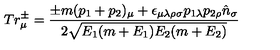
T r _ { \mu } ^ { \pm } = { \frac { \pm m ( p _ { 1 } + p _ { 2 } ) _ { \mu } + \epsilon _ { \mu \lambda \rho \sigma } p _ { 1 \lambda } p _ { 2 \rho } { \hat { n } } _ { \sigma } } { 2 \sqrt { E _ { 1 } ( m + E _ { 1 } ) E _ { 2 } ( m + E _ { 2 } ) } } }